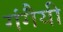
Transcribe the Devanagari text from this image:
गंगैयी